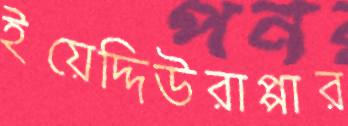
ইয়েদ্দিউরাপ্পার